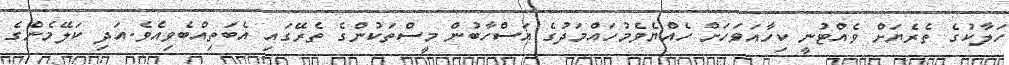
ހަލާކުގެ ތެރެޔަށް ވެއްޓުނީ ކިހާއަވަހަށް ހެއްޔެވެމުހައްމަދުގެ އަސްހާބުން މީސްތަކުންގެ ތެރޭގައި އެބަތިއްބެވިއެވެ.އަދި ކަލޭމެންގެ